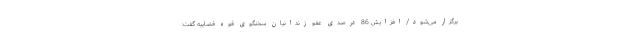
برگزار می‌شود/ افزایش 86 درصدی عفو زندانیان سخنگوی قوه قضاییه گفت: